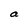
Character: a